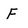
Character: F